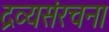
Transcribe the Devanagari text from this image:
द्रव्यसंरचना